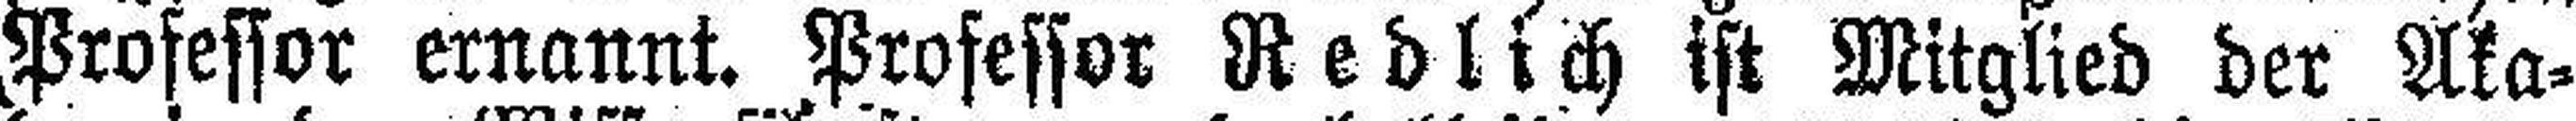
Professor ernannt. Professor Redlich ist Mitglied der Aka¬